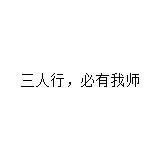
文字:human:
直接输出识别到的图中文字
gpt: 三人行，必有我师